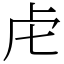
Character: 虍